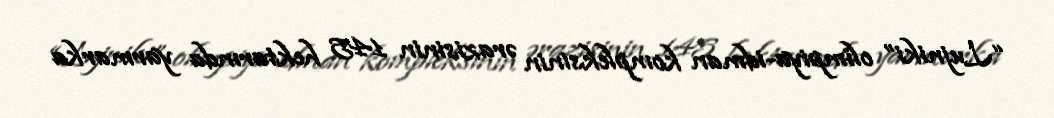
“Lujniki” olimpiya-idman kompleksinin ərazisinin 145 hektarında yarmarka